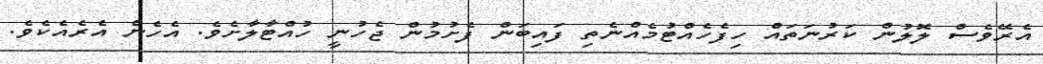
އެރޭވެސް ލޮލުން ކަރުނަތައް ހިފެހެއްޓުމެއްނެތި ފައިބަން ފެށުމުން ޖެހުނީ ހުއްޓާލާށެވެ. އެހެން އެރެއެކެވެ.